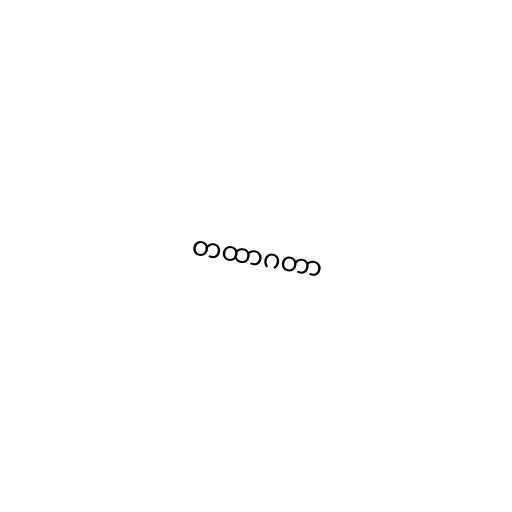
တထာဂတာ